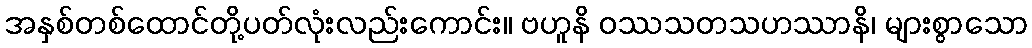
အနှစ်တစ်ထောင်တို့ပတ်လုံးလည်းကောင်း။ ဗဟူနိ ဝဿသတသဟဿာနိ၊ များစွာသော